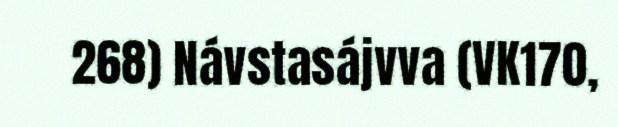
268) Návstasájvva (VK170,